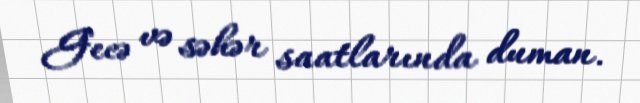
Gecə və səhər saatlarında duman.